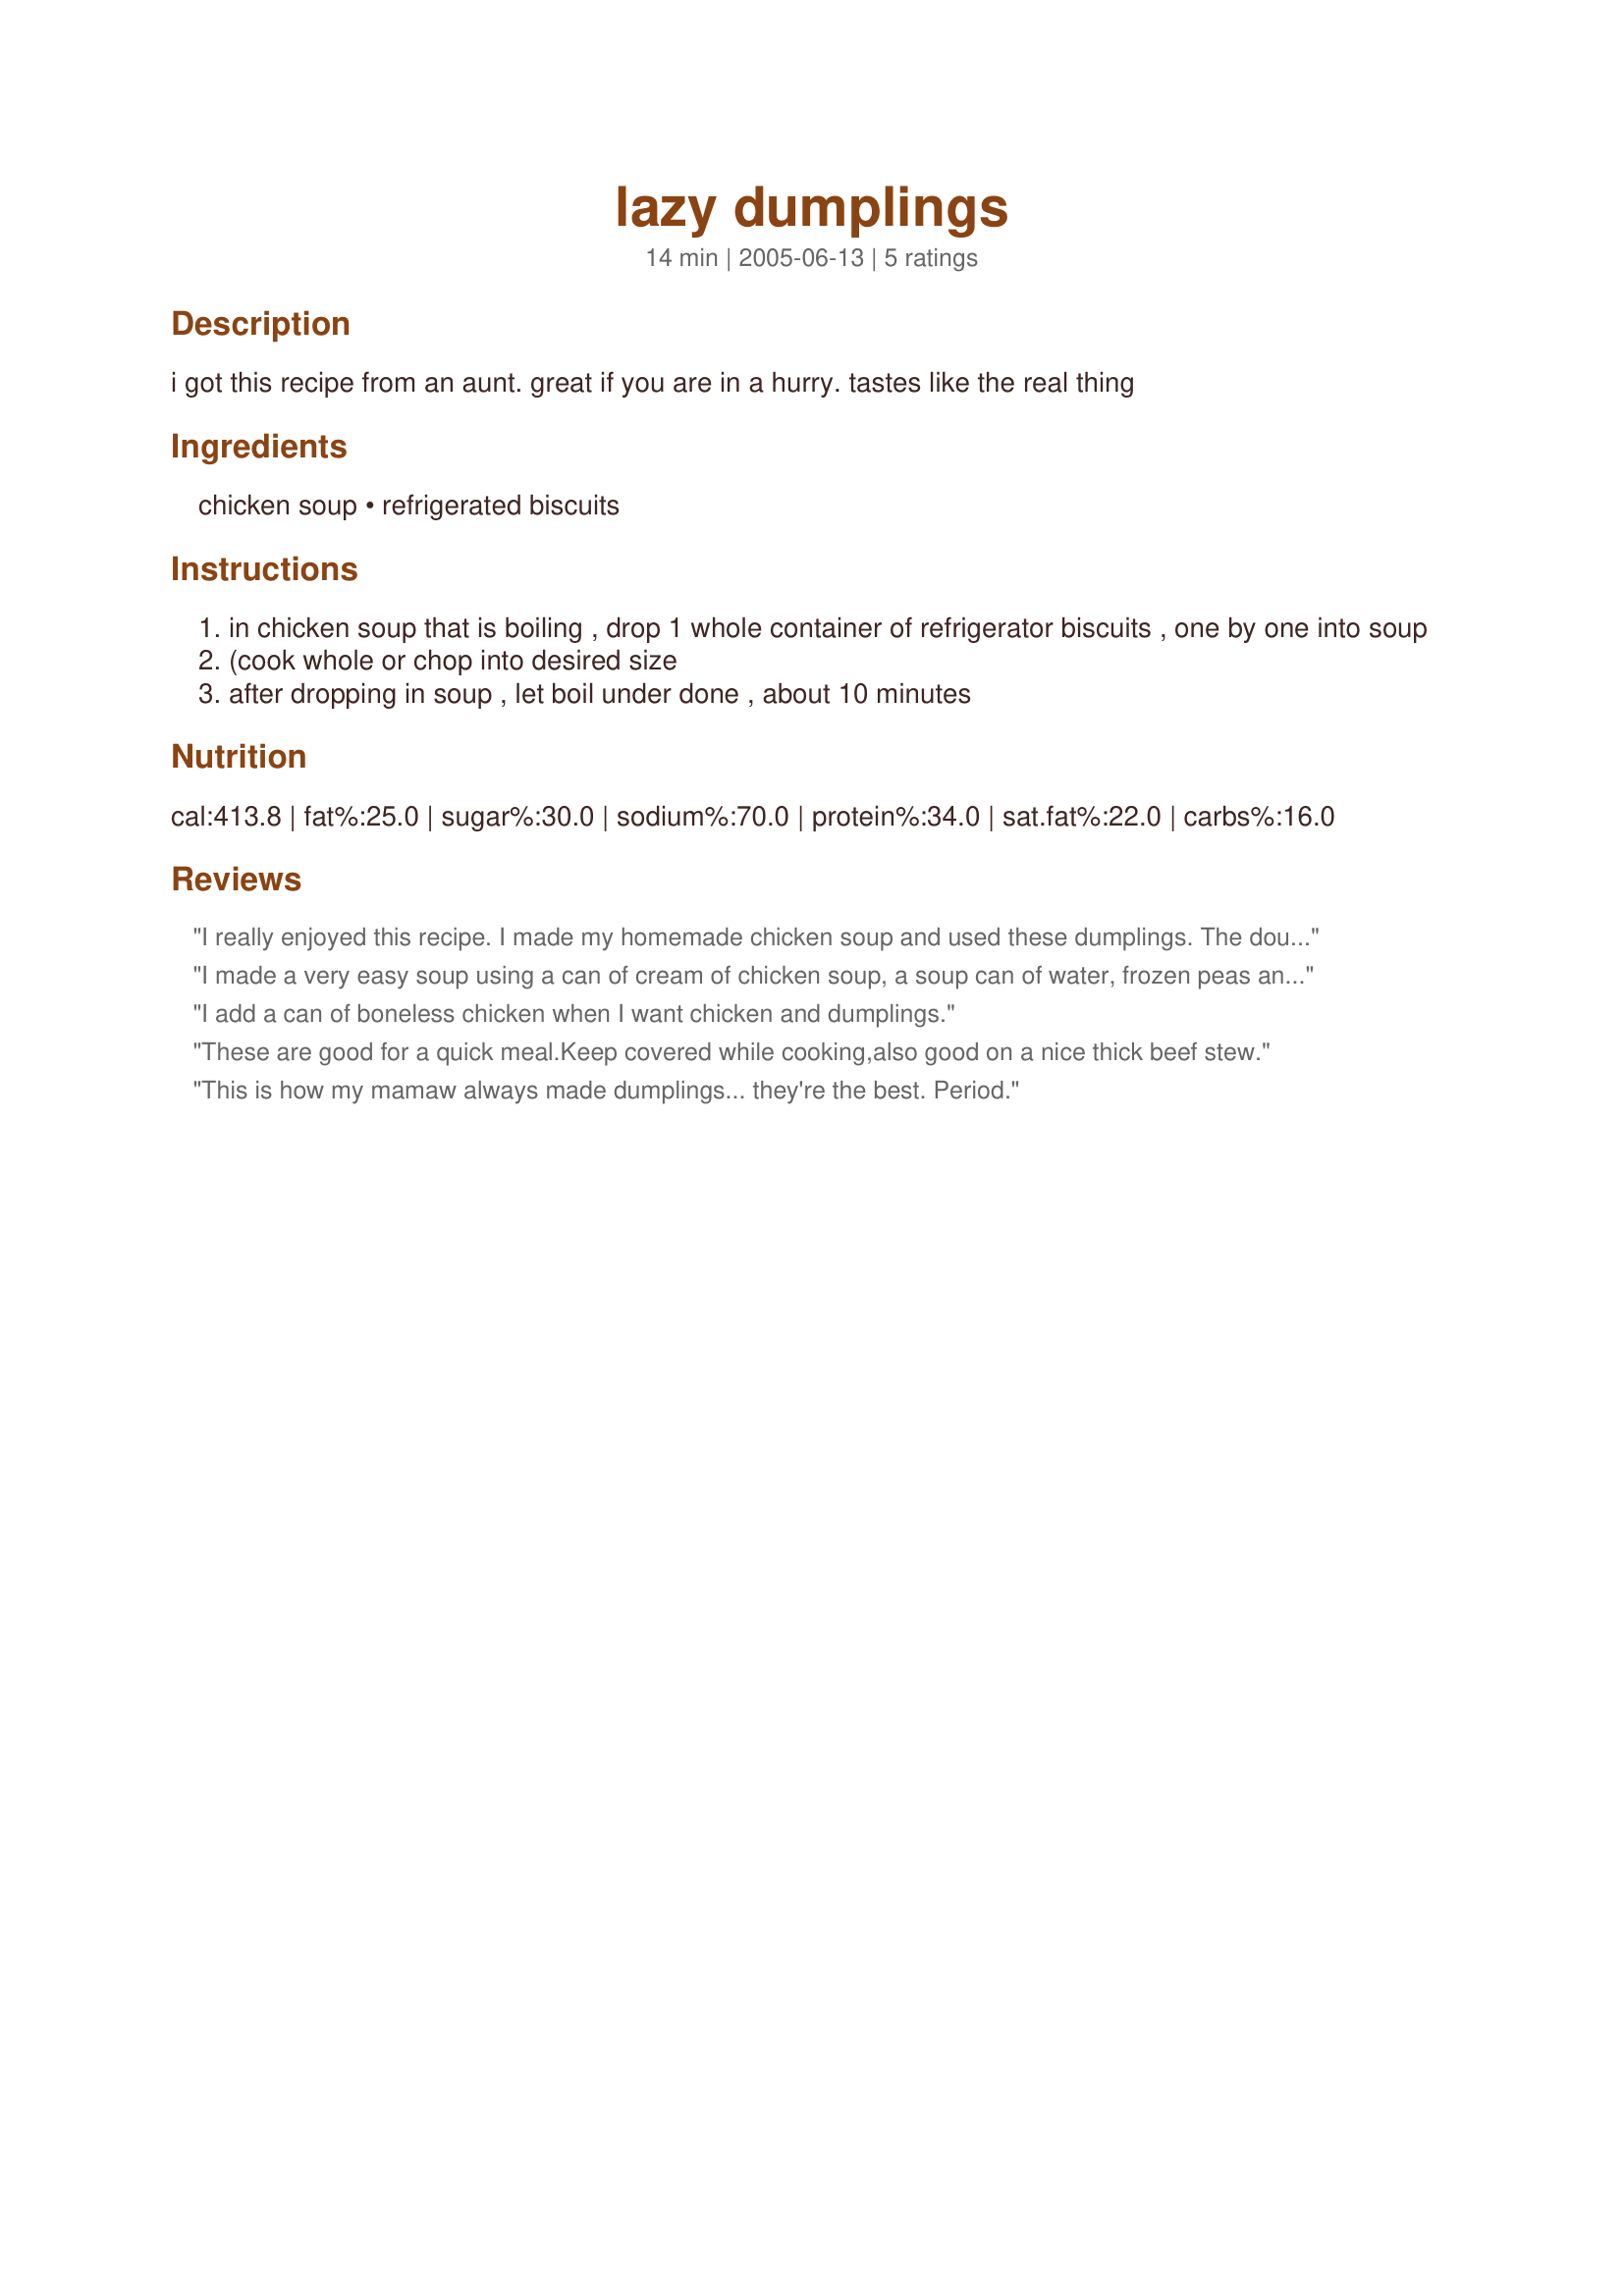
lazy dumplings
Preparation time: 14 minutes

i got this recipe from an aunt. great if you are in a hurry. tastes like the real thing

Ingredients:
chicken soup, refrigerated biscuits

Steps:
in chicken soup that is boiling , drop 1 whole container of refrigerator biscuits , one by one into soup
(cook whole or chop into desired size
after dropping in soup , let boil under done , about 10 minutes

Reviews:
I really enjoyed this recipe. I made my homemade chicken soup and used these dumplings. The dough puffed up huge, then the out layer of the dumplings dissolved into the soup making it creamy and thick. Leaving me with smaller and slightly doughy dumplings. I loved it, thanks!
I made a very easy soup using a can of cream of chicken soup, a soup can of water, frozen peas and carrots, and chopped onion. I used one-half can of biscuits, but will use more next time. I cut the biscuits into quarters, then once the soup mixture came to a boil I added the biscuits pieces. Lowered the heat, put the lid on the pan and let simmer for 15 minutes. Total comfort food!
I add a can of boneless chicken when I want chicken and dumplings.
These are good for a quick meal.Keep covered while cooking,also good on a nice thick beef stew.
This is how my mamaw always made dumplings... they're the best. Period.
